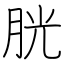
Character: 胱